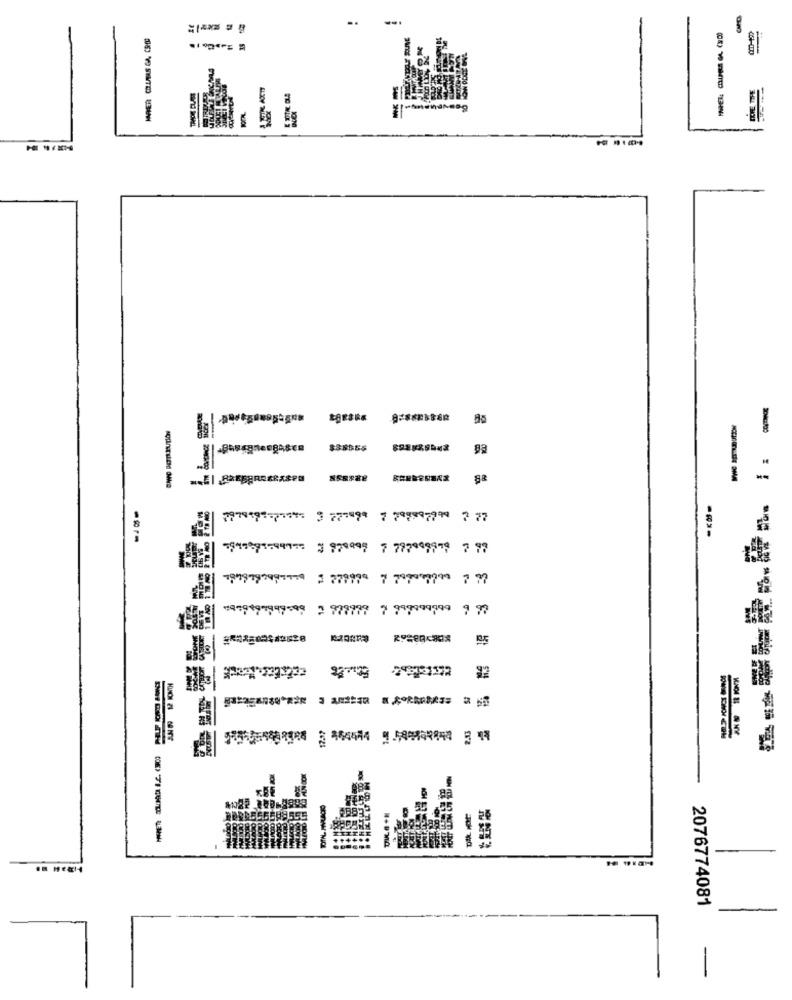
..
...
-
LIVE TTHE
----
品
$38556
+989497999599 2 977779 7 999999999 9 99
EE thistalent 5axes
354444 9 .599999844 5 44
2076774081